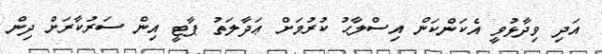
އަދި ވިދާޅުވީ އެކަންކަން އިސްލާޙު ކުރުމަށް ޢަދާލަތު ޕާޓީ އިން ސަރުކާރަށް ދިން